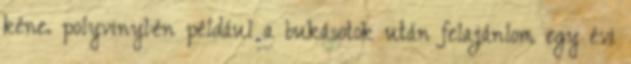
kéne. polyvinyl:én például a bukásotok után felajánlom egy évi